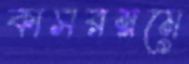
কাসরম্নমে